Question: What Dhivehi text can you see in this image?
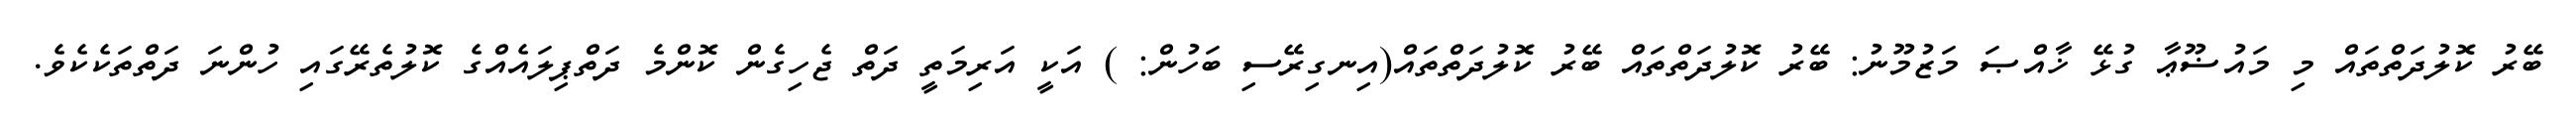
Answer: ބޭރު ކޮލުދަތްތައް މި މައުޟޫޢާ ގުޅޭ ޚާއްޞަ މަޒުމޫނު: ބޭރު ކޮލުދަތްތައް ބޭރު ކޮލުދަތްތައް(އިނގިރޭސި ބަހުން: ) އަކީ އަރިމަތީ ދަތް ޖެހިގެން ކޮންމެ ދަތްޕިލައެއްގެ ކޮލުތެރޭގައި ހުންނަ ދަތްތަކެކެވެ.